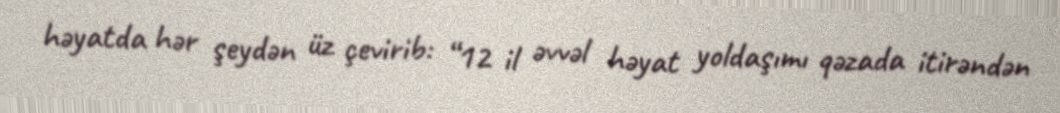
həyatda hər şeydən üz çevirib: “12 il əvvəl həyat yoldaşımı qəzada itirəndən